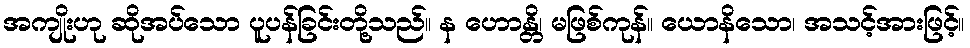
အကျိုးဟု ဆိုအပ်သော ပူပန်ခြင်းတို့သည်။ န ဟောန္တိ၊ မဖြစ်ကုန်။ ယောနိသော၊ အသင့်အားဖြင့်။